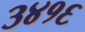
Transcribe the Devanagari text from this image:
३४१६